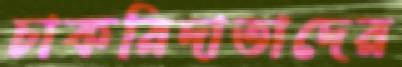
চাকরিদাতাদের